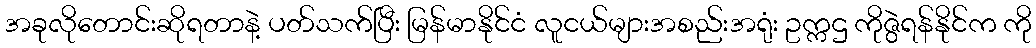
အခုလိုတောင်းဆိုရတာနဲ့ ပတ်သက်ပြီး မြန်မာနိုင်ငံ လူငယ်များအစည်းအရုံး ဥက္ကဌ ကိုဇွဲရန်နိုင်က ကို